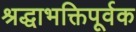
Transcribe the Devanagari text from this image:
श्रद्धाभक्तिपूर्वक